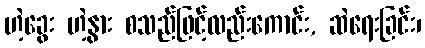
ဟဲ့ခွေး ဟဲ့နွား စသည်ဖြင့်လည်းကောင်း, ဆဲရေးခြင်း၊